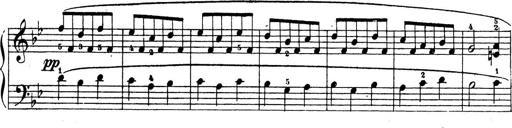
Title: 10 Sonatinas
Composer: Fritz Spindler